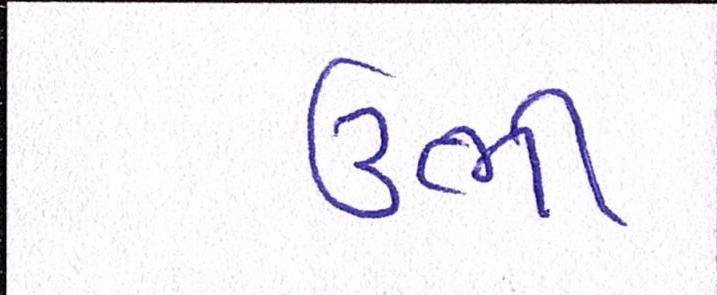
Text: ઉભી